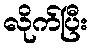
လိုက်ပြီး